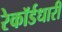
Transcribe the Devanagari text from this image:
रेकॉर्डधारी